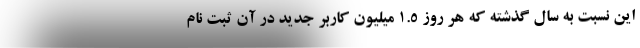
این نسبت به سال گذشته که هر روز 1.5 میلیون کاربر جدید در آن ثبت نام